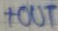
Text: +OUT